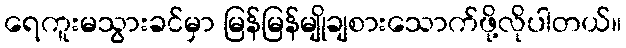
ရေကူးမသွားခင်မှာ မြန်မြန်မျိုချစားသောက်ဖို့လိုပါတယ်။